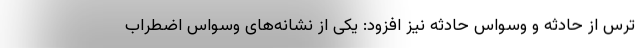
ترس از حادثه و وسواس حادثه نیز افزود:‌ یکی از نشانه‌های وسواس اضطراب